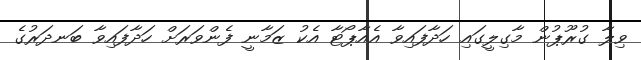
ވިލާ ގުރޫޕުން މާގިލީގައި ހަދާފައިވާ އެއާޕޯޓާ އެކު ޒަމާނީ ފެންވަރަށް ހަދާފައިވާ ބަނދަރުގެ